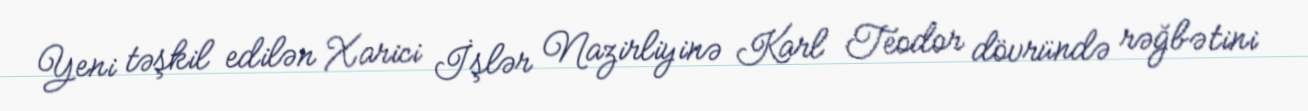
Yeni təşkil edilən Xarici İşlər Nazirliyinə Karl Teodor dövründə rəğbətini